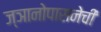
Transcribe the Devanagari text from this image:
ज्ञानोपासनेची